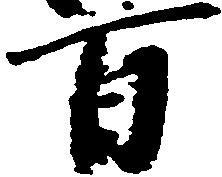
百